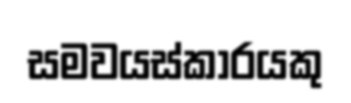
සමවයස්කාරයකු